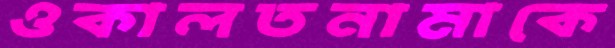
ওকালতনামাকে